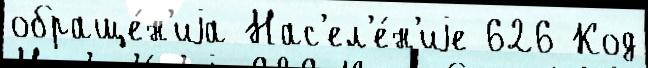
обраще́н'иjа Нас'ел'е́н'иjе 626 Код